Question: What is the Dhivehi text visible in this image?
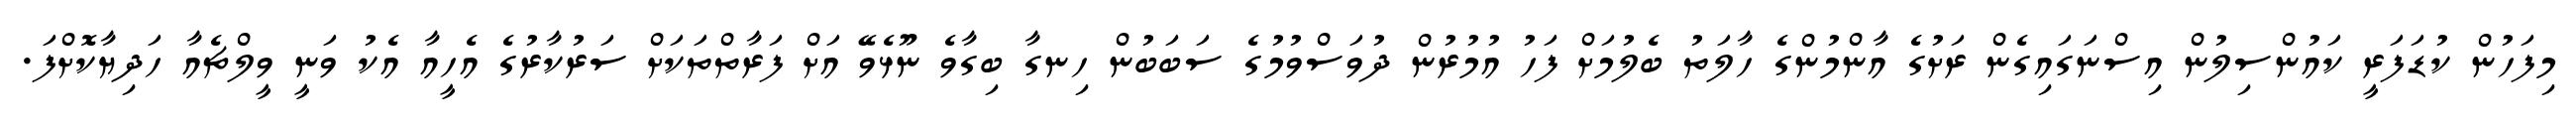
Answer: މިފަހުން ކުޑަފަރީ ކައުންސިލުން އިސްނަގައިގެން ރަށުގެ އާންމުންގެ ހާލަތު ބެލުމަށް ފަހު އުމުރުން ދުވަސްވުމުގެ ސަބަބުން ހިނގާ ބިގާވެ ނޫޅެވޭ އަށް ފަރާތްތަކަށް ސަރުކާރުގެ އެހީއާ އެކު ވަނީ ވީލްޗެއާ ހަދިޔާކޮށްފަ.